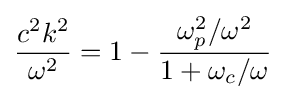
{\frac {c^{2}k^{2}}{\omega ^{2}}}=1-{\frac {\omega _{p}^{2}/\omega ^{2}}{1+\omega _{c}/\omega }}